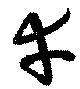
幸